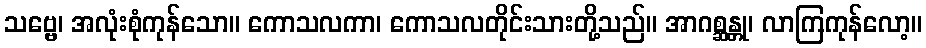
သဗ္ဗေ၊ အလုံးစုံကုန်သော။ ကောသလကာ၊ ကောသလတိုင်းသားတို့သည်။ အာဂစ္ဆန္တု၊ လာကြကုန်လော့။